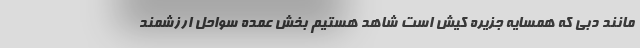
مانند دبی که همسایه جزیره کیش است شاهد هستیم بخش عمده سواحل ارزشمند